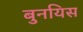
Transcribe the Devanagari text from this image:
बुनयिस